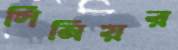
সিনিয়র